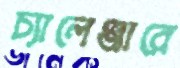
চ্যালেঞ্জারে